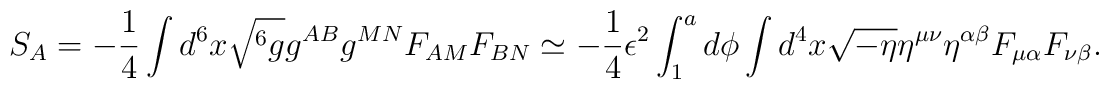
S_A = -\frac{1}{4} \int d^6x \sqrt{^6g}g^{AB} g^{MN}F_{AM}F_{BN}\simeq -\frac{1}{4} \epsilon^2 \int_1^a d\phi \int d^4x\sqrt{-\eta}\eta^{\mu\nu}\eta^{\alpha\beta}F_{\mu\alpha}F_{\nu\beta}.